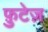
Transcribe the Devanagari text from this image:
फ़ुटेज़